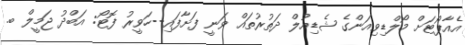
އެއާޕޯޓަށް މޯލްޑިވިއަންގެ ޝެޑިއުލް ދަތުރުތައް ވަނީ ފަށާފައި--ހަވީރު ފޮޓޯ: އަބްދު ޖަމީލް ބ.